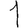
Digit: 1